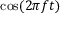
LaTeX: \textstyle \cos ( 2 \pi f t )